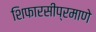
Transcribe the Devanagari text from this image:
शिफारसीप्रमाणे